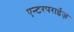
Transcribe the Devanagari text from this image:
एन्टरपराईज़